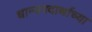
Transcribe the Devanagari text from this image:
धान्यपदार्थाच्या